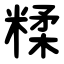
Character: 糅